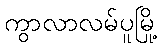
ကွာလာလမ်ပူမြို့